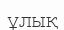
ұлық